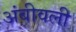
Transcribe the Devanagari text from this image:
अंबीवली